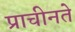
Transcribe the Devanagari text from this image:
प्राचीनते